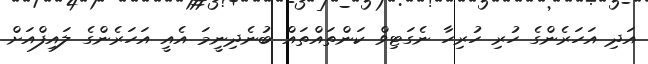
އަދި އަހަރެންގެ ހުރި ހުރިހާ ނެގަޓިވް ކަންތައްތައް ބުނެދިނީމަ އެއީ އަހަރެންގެ ލައިފްއަށް